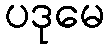
ပဒုမေ